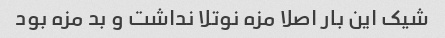
شیک این بار اصلا مزه نوتلا نداشت و بد مزه بود